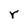
Character: r